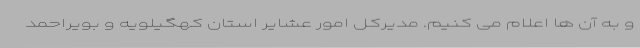
و به آن ها اعلام می کنیم. مدیرکل امور عشایر استان کهگیلویه و بویراحمد